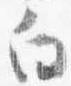
向